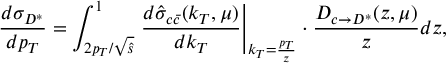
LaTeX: \frac { d \sigma _ { D ^ { * } } } { d p _ { T } } = \int _ { 2 p _ { T } / \sqrt { \hat { s } } } ^ { 1 } \left. \frac { d \hat { \sigma } _ { c \bar { c } } ( k _ { T } , \mu ) } { d k _ { T } } \right| _ { k _ { T } = \frac { p _ { T } } { z } } \cdot \frac { D _ { c \to D ^ { * } } ( z , \mu ) } { z } d z ,